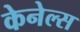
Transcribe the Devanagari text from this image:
केनेल्स